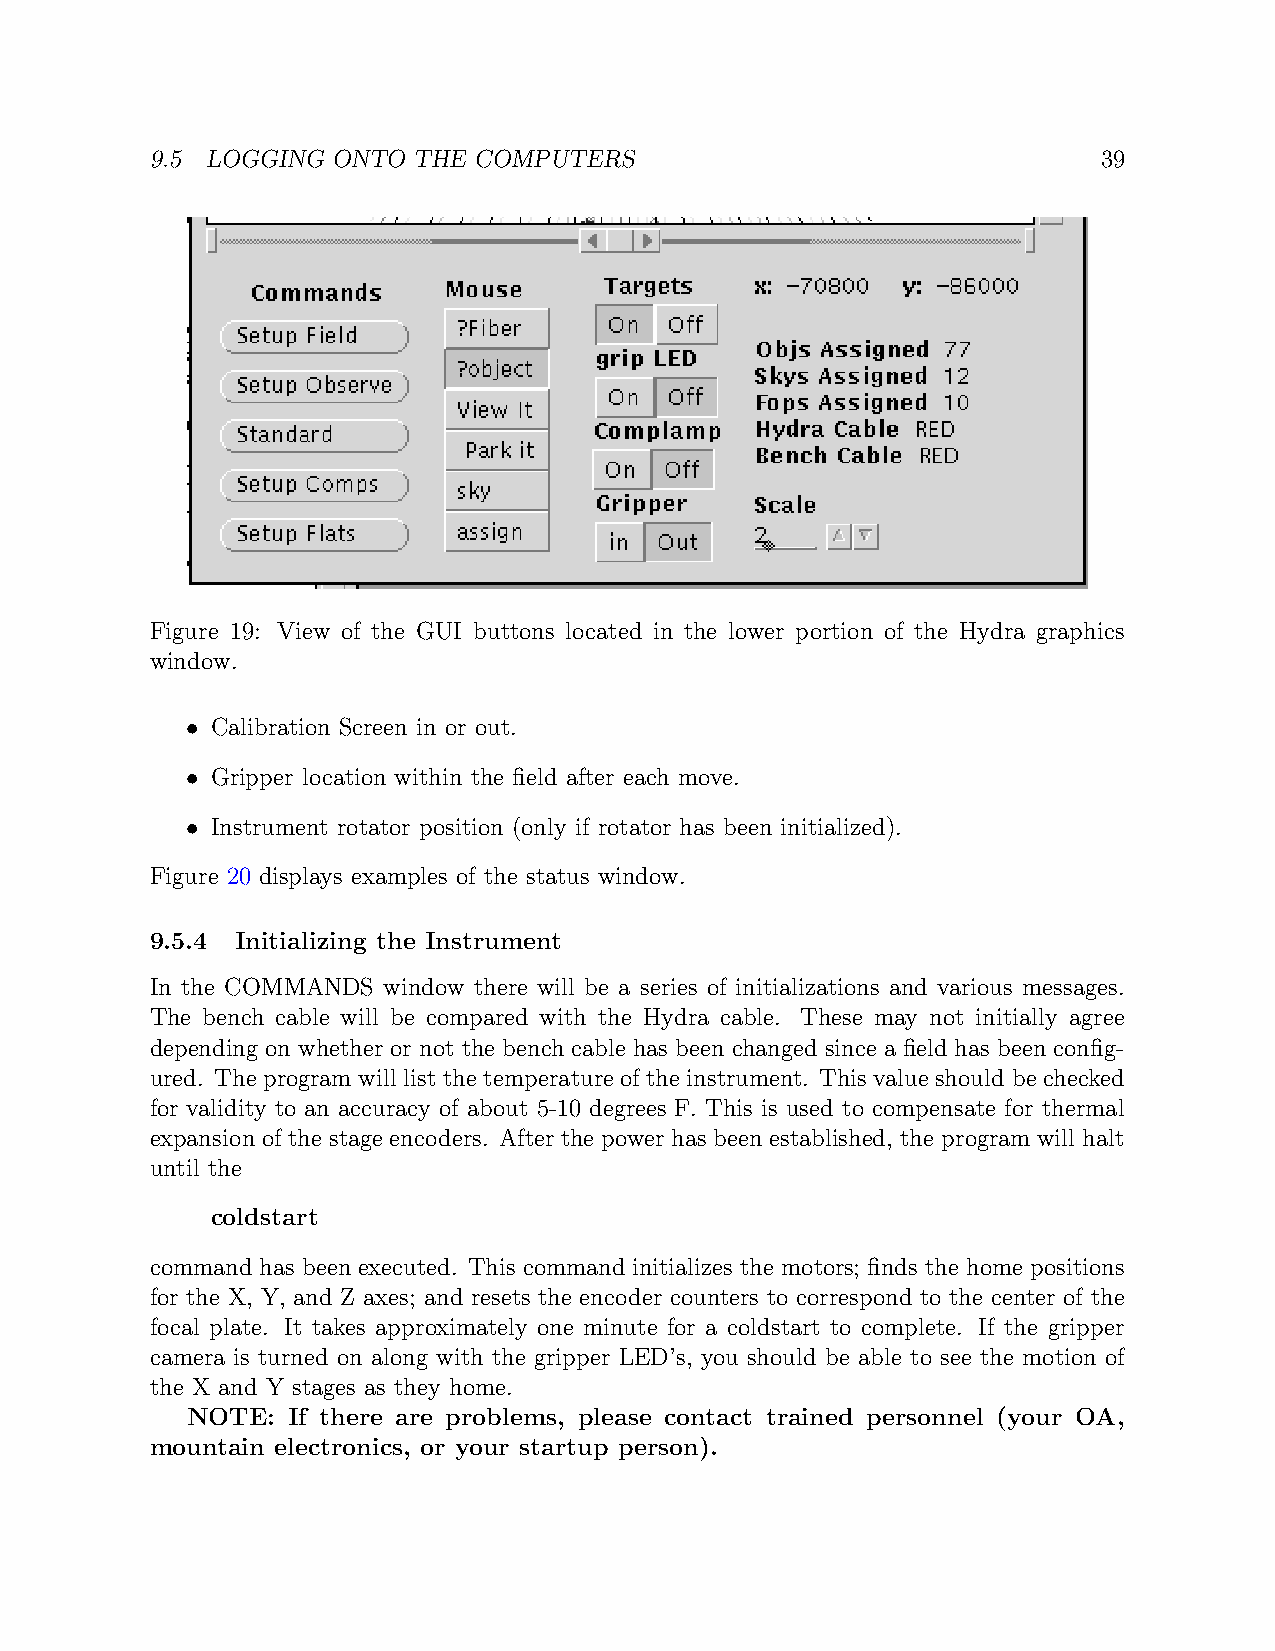
9.5 LOGGING ONTO THE COMPUTERS                                 39
 Figure 19: View of the GUI buttons located in the lower portion of the Hydra graphics
 window.
 • Calibration Screen in or out.
 • Gripper location within the field after each move.
 • Instrument rotator position (only if rotator has been initialized).
 Figure 20 displays examples of the status window.
 9.5.4 Initializing the Instrument
 In the COMMANDS window there will be a series of initializations and various messages.
 The bench cable will be compared with the Hydra cable. These may not initially agree
 depending on whether or not the bench cable has been changed since a field has been config-
 ured. The program will list the temperature of the instrument. This value should be checked
 for validity to an accuracy of about 5-10 degrees F. This is used to compensate for thermal
 expansion of the stage encoders. After the power has been established, the program will halt
 until the
 coldstart
 command has been executed. This command initializes the motors; finds the home positions
 for the X, Y, and Z axes; and resets the encoder counters to correspond to the center of the
 focal plate. It takes approximately one minute for a coldstart to complete. If the gripper
 camera is turned on along with the gripper LED’s, you should be able to see the motion of
 the X and Y stages as they home.
 NOTE:  If there are problems, please contact trained personnel (your OA,
 mountain electronics, or your startup person).